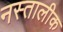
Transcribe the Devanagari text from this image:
नस्तालीक